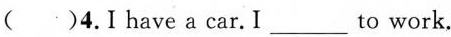
( )4.I have a car.I_to work.